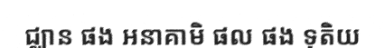
ជ្ឈាន ផង អនាគាមិ ផល ផង ទុតិយ